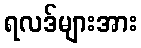
ရလဒ်များအား